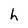
Character: h